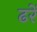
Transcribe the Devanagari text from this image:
ढरें